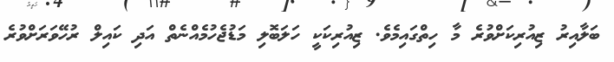
ބަލާއިރު ޒިއުރިކަށްވުރެ މާ ހިތްގައިމެވެ. ޒިއުރިކަކީ ހަލަބޮލި މަޑުޖެހުމެއްނެތް އަދި ކައިލް ރުހޭވަރަށްވުރެ